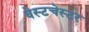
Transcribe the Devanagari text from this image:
वेस्‍टचेस्‍टर